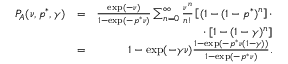
\begin{array} { r l r } { P _ { A } ( \nu , p ^ { * } , \gamma ) } & { = } & { \frac { \exp ( - \nu ) } { 1 - \exp ( - p ^ { * } \nu ) } \sum _ { n = 0 } ^ { \infty } \frac { \nu ^ { n } } { n ! } \left[ ( 1 - ( 1 - p ^ { * } ) ^ { n } \right] \cdot } \\ & { } & { \cdot \left[ 1 - ( 1 - \gamma ) ^ { n } \right] } \\ & { = } & { 1 - \exp ( - \gamma \nu ) \frac { 1 - \exp ( - p ^ { * } \nu ( 1 - \gamma ) ) } { 1 - \exp ( - p ^ { * } \nu ) } . } \end{array}